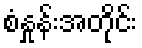
စံနှုန်းအတိုင်း